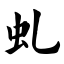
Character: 虬